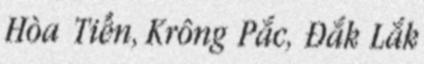
Hòa Tiến, Krông Pắc, Đắk Lắk